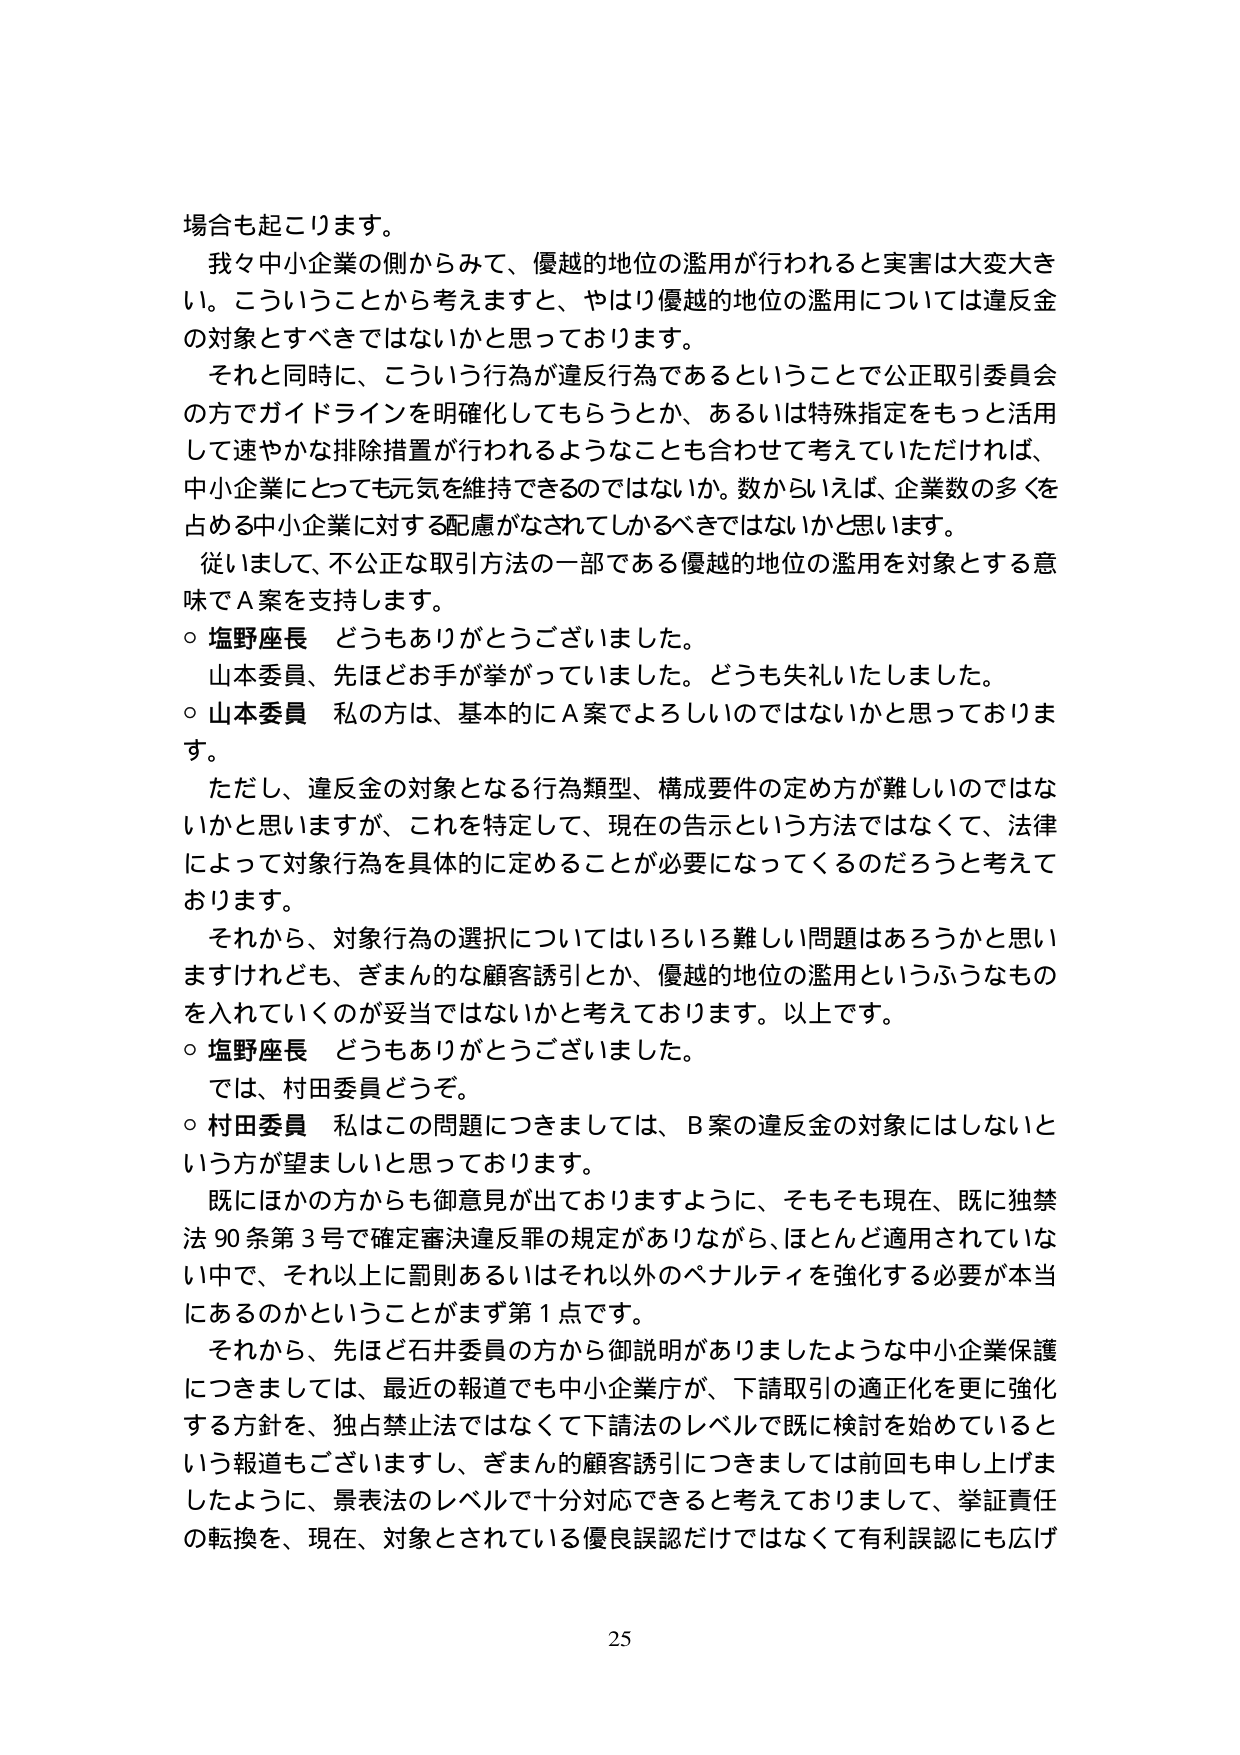
場合も起こります。
我々中小企業の側からみて、優越的地位の濫用が行われると実害は大変大きい。こういうことから考えますと、やはり優越的地位の濫用については違反金の対象とすべきではないかと思っております。
それと同時に、こういう行為が違反行為であるということで公正取引委員会の方でガイドラインを明確化してもらうとか、あるいは特殊指定をもっと活用して速やかな排除措置が行われるようなことも合わせて考えていただければ、中小企業にとっても元気を維持できるのではないか。数からいえば、企業数の多くを占める中小企業に対する配慮がなされてしかるべきではないかと思います。
従いまして、不公正な取引方法の一部である優越的地位の濫用を対象とする意味でA案を支持します。
○ 塩野座長 どうもありがとうございました。
山本委員、先ほどお手が挙がっていました。どうも失礼いたしました。
○ 山本委員 私の方は、基本的にA案でよろしいのではないかと思っております。
ただし、違反金の対象となる行為類型、構成要件の定め方が難しいのではないかと思いますが、これを特定して、現在の告示という方法ではなくて、法律によって対象行為を具体的に定めることが必要になってくるのだろうと考えております。
それから、対象行為の選択についてはいろいろ難しい問題はあろうかと思いますけれども、ぎまん的な顧客誘引とか、優越的地位の濫用というふうなものを入れていくのが妥当ではないかと考えております。以上です。
○ 塩野座長 どうもありがとうございました。
では、村田委員どうぞ。
○ 村田委員 私はこの問題につきましては、B案の違反金の対象にはしないという方が望ましいと思っております。
既にほかの方からも御意見が出ておりますように、そもそも現在、既に独禁法90条第3号で確定審決違反罪の規定がありながら、ほとんど適用されていない中で、それ以上に罰則あるいはそれ以外のペナルティを強化する必要が本当にあのかということがまず第1点です。
それから、先ほど石井委員の方から御説明がありましたような中小企業保護につきましては、最近の報道でも中小企業庁が、下請取引の適正化を更に強化する方針を、独占禁止法ではなくて下請法のレベルで既に検討を始めているという報道もございますし、ぎまん的な顧客誘引につきましては前回も申し上げましたように、景表法のレベルで十分対応できると考えておりまして、挙証責任の転換を、現在、対象とされている優良誤認だけではなくて有利誤認にも広げ

25